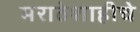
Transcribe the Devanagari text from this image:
मराठेशाहीचे